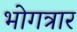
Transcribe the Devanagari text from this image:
भोगत्रार